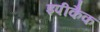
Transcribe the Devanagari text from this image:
इपीकैक